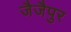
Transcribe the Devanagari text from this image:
जैजैपुर